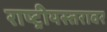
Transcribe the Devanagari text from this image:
राष्ट्रीयस्तरावर